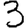
Digit: 3